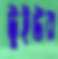
টুইউর